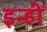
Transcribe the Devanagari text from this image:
इन्हीँ